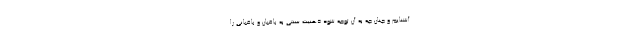
آشنا‌یم و چنان چه به آن توجه شود ذهنیت سنتی به باغبان و باغبانی را